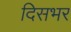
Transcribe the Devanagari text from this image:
दिसभर